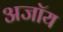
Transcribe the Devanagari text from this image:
अजॉय